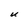
Character: U